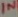
Text: IN